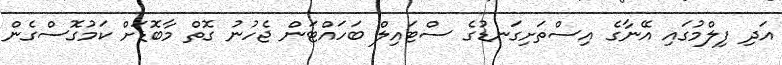
އަދި ފިލްމުގައި އޭނާގެ އިސްތަށިގަނޑުގެ ސްޓައިލް ބަހައްޓަން ޖެހުނު ގޮތް މާބޮޑަށް ކަމުގޮސްގެން